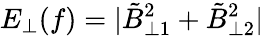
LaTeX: E_{\perp}(f)=\lvert\tilde{B}_{\perp 1}^{2}+\tilde{B}_{\perp 2}^{2}\rvert